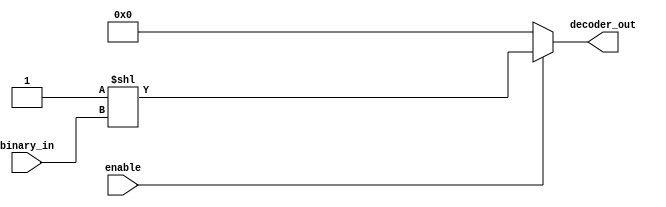
module decoder_assign(decoder_out,enable,binary_in);
input [3:0] binary_in; //  4 bit binary input
input  enable;   //  Enable for the decoder
output [15:0] decoder_out;  //  16-bit  out
assign decoder_out = (enable) ? (1 << binary_in) : 16'b0 ;
//if enable =1, decoder_out will be  2** binary_n, otherwise 0 
endmodule